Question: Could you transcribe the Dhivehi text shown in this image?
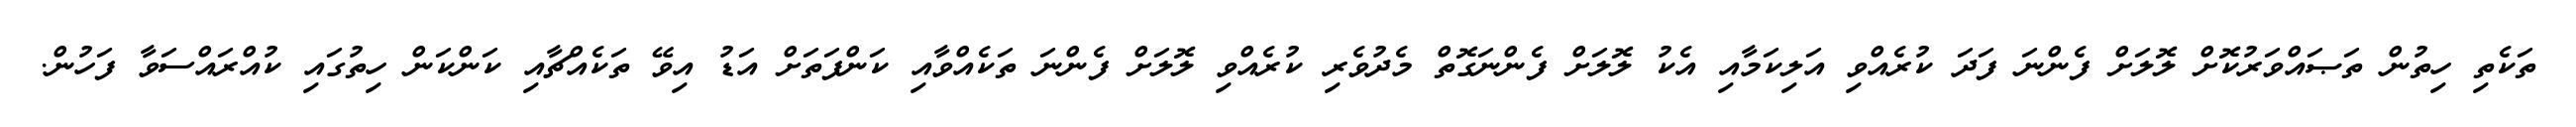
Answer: ތަކެތި ހިތުން ތަޞައްވަރުކޮށް ލޮލަށް ފެންނަ ފަދަ ކުރެއްވި އަލިކަމާއި އެކު ލޮލަށް ފެންނަގޮތް މެދުވެރި ކުރެއްވި ލޮލަށް ފެންނަ ތަކެއްވާއި ކަންފަތަށް އަޑު އިވޭ ތަކެއްޗާއި ކަންކަން ހިތުގައި ކުއްރައްސަވާ ފަހުން.